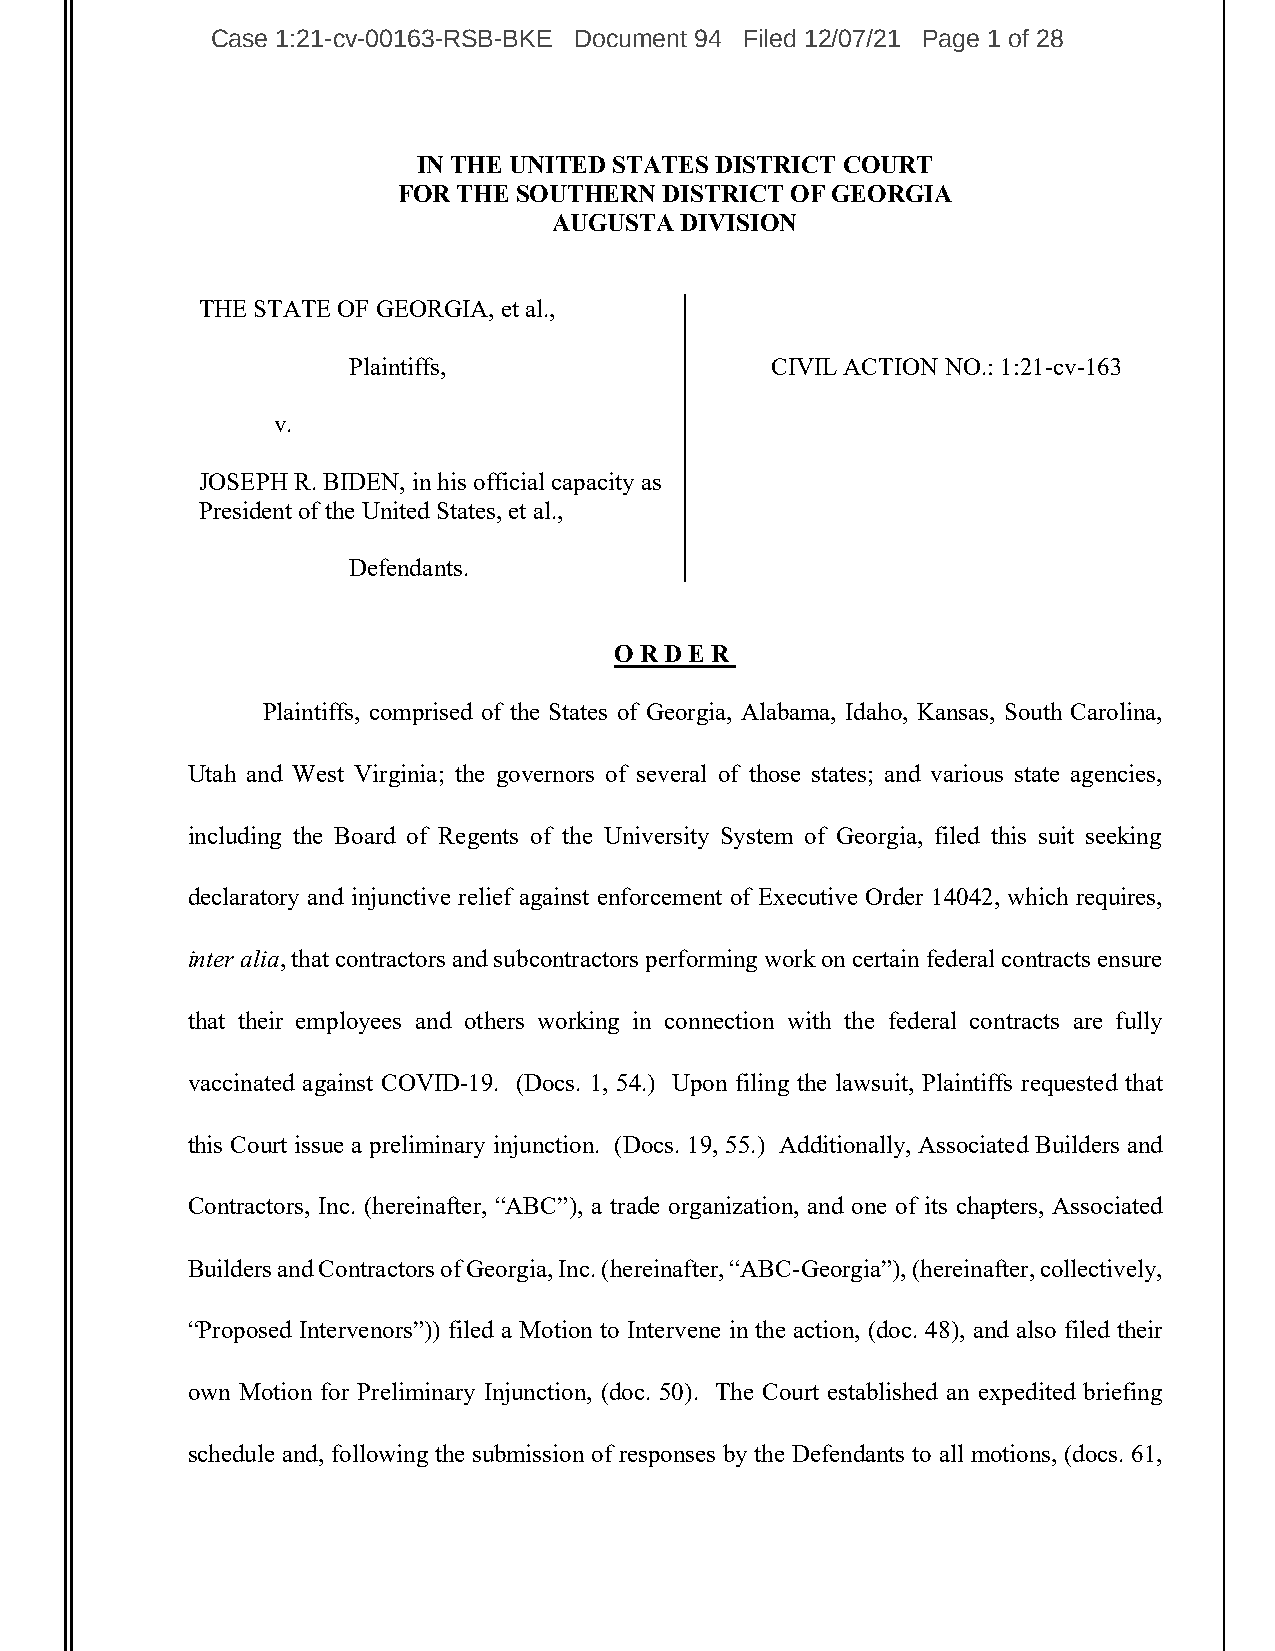
Case 1:21-cv-00163-RSB-BKE Document 94 Filed 12/07/21 Page 1 of 28
 IN THE UNITED STATES DISTRICT COURT
 FOR THE SOUTHERN  DISTRICT OF GEORGIA
 AUGUSTA DIVISION
 THE STATE OF GEORGIA, et al.,
 Plaintiffs,                 CIVIL ACTION NO.: 1:21-cv-163
 v.
 JOSEPH R. BIDEN, in his official capacity as
 President of the United States, et al.,
 Defendants.
 ORDE  R
 Plaintiffs, comprised of the States of Georgia, Alabama, Idaho, Kansas, South Carolina,
 Utah and West Virginia; the governors of several of those states; and various state agencies,
 including the Board of Regents of the University System of Georgia, filed this suit seeking
 declaratory and injunctive relief against enforcement of Executive Order 14042, which requires,
 inter alia, that contractors and subcontractors performing work on certain federal contracts ensure
 that their employees and others working in connection with the federal contracts are fully
 vaccinated against COVID-19. (Docs. 1, 54.) Upon filing the lawsuit, Plaintiffs requested that
 this Court issue a preliminary injunction. (Docs. 19, 55.) Additionally, Associated Builders and
 Contractors, Inc. (hereinafter, “ABC”), a trade organization, and one of its chapters, Associated
 Builders and Contractors of Georgia, Inc. (hereinafter, “ABC-Georgia”), (hereinafter, collectively,
 “Proposed Intervenors”)) filed a Motion to Intervene in the action, (doc. 48), and also filed their
 own Motion for Preliminary Injunction, (doc. 50). The Court established an expedited briefing
 schedule and, following the submission of responses by the Defendants to all motions, (docs. 61,